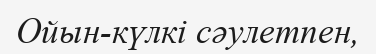
Ойын-күлкі сәулетпен,